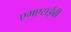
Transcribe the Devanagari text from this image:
एमएसईबी